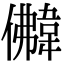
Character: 𩎵